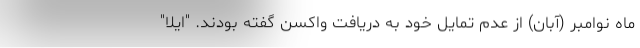
ماه نوامبر (آبان) از عدم تمایل خود به دریافت واکسن گفته بودند. "ایلا"